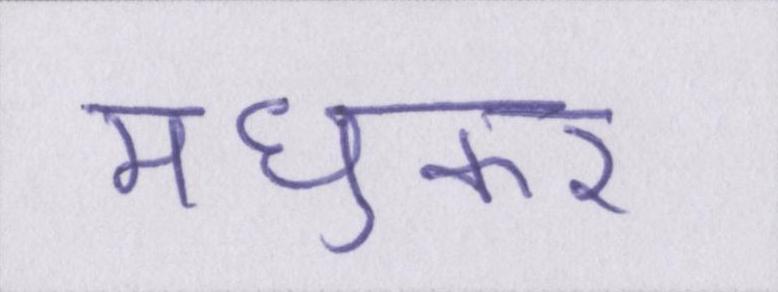
मधुकर